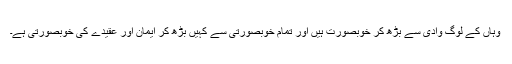
وہاں کے لوگ وادی سے بڑھ کر خوبصورت ہیں اور تمام خوبصورتی سے کہیں بڑھ کر ایمان اور عقیدے کی خوبصورتی ہے۔